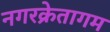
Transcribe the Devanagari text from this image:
नगरक्रेतागम